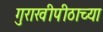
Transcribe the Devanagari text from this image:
गुराखीपीठाच्या